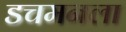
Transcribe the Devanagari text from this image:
डचमनला